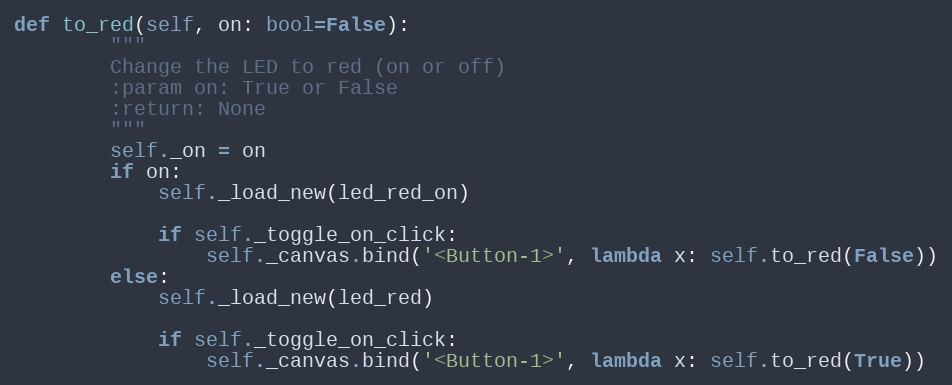
Language: Python
def to_red(self, on: bool=False):
        """
        Change the LED to red (on or off)
        :param on: True or False
        :return: None
        """
        self._on = on
        if on:
            self._load_new(led_red_on)

            if self._toggle_on_click:
                self._canvas.bind('<Button-1>', lambda x: self.to_red(False))
        else:
            self._load_new(led_red)

            if self._toggle_on_click:
                self._canvas.bind('<Button-1>', lambda x: self.to_red(True))